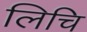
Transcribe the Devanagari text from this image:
लिचि